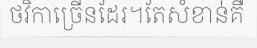
ថវិកាច្រើនដែរ។តែសំខាន់គឺ